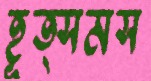
হূত্সমস